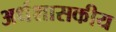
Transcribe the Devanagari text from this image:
अर्धशासकीय